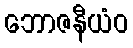
ဘောဇနီယံဝ